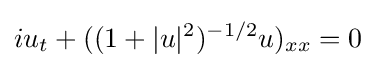
\displaystyle iu_{t}+((1+|u|^{2})^{-1/2}u)_{xx}=0